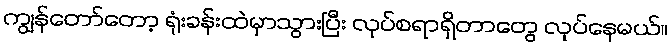
ကျွန်တော်တော့ ရုံးခန်းထဲမှာသွားပြီး လုပ်စရာရှိတာတွေ လုပ်နေမယ်။